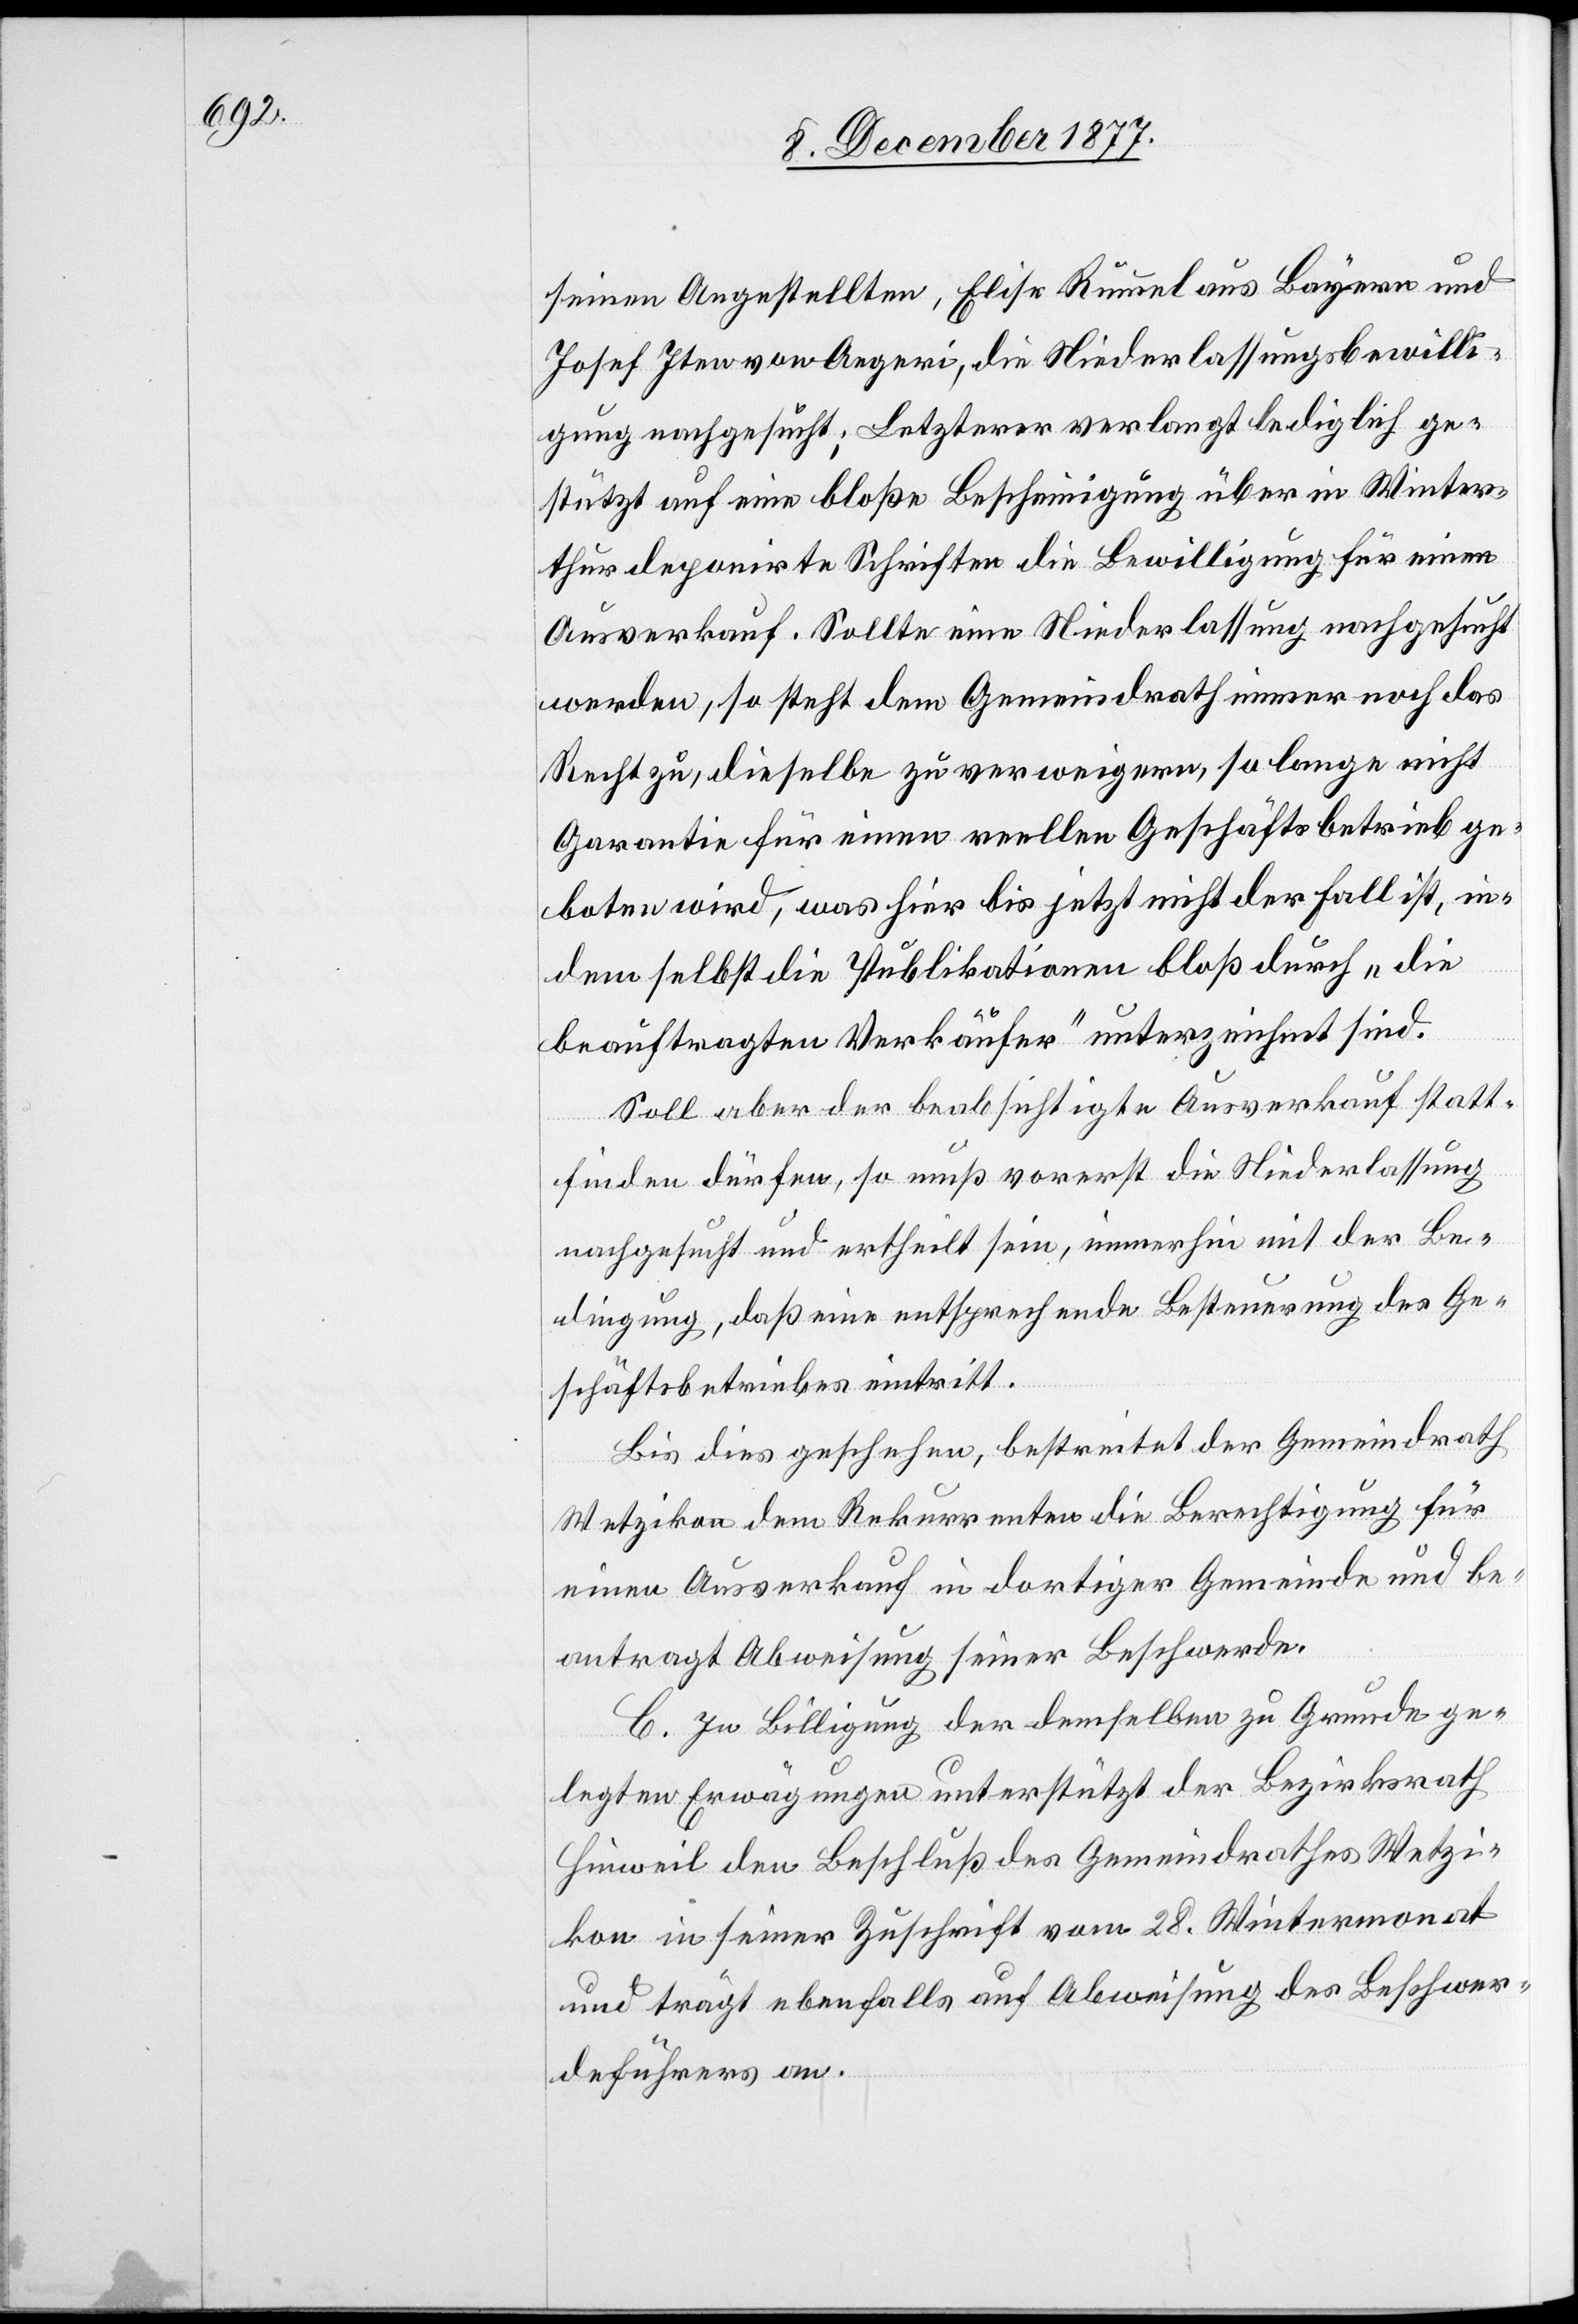
seinen Angestellten, Elise Rummel aus Bayern und
Josef Iten von Aegeri, die Niederlassungsbewilli¬
gung nachgesucht; Letzterer verlangt lediglich ge¬
stützt auf eine bloße Bescheinigung über in Winter¬
thur deponirte Schriften die Bewilligung für einen
Ausverkauf. Sollte eine Niederlassung nachgesucht
werden, so steht dem Gemeindrath immer noch das
Recht zu, dieselbe zu verweigern, so lange nicht
Garantie für einen reellen Geschäftsbetrieb ge¬
boten wird, was hier bis jetzt nicht der Fall ist, in¬
dem selbst die Publikationen bloß durch „die
beauftragten Verkäufer“ unterzeichnet sind.
Soll aber der beabsichtigte Ausverkauf statt¬
finden dürfen, so muß vorerst die Niederlassung
nachgesucht und ertheilt sein, immerhin mit der Be¬
dingung, daß eine entsprechende Besteuerung des Ge¬
schäftsbetriebes eintritt.
Bis dies geschehen, bestreitet der Gemeindrath
Wetzikon dem Rekurrenten die Berechtigung für
einen Ausverkauf in dortiger Gemeinde und be¬
antragt Abweisung seiner Beschwerde.
C. In Billigung der demselben zu Grunde ge¬
legten Erwägungen unterstützt der Bezirksrath
Hinweil den Beschluß des Gemeindrathes Wetzi¬
kon in seiner Zuschrift vom 28. Wintermonat
und trägt ebenfalls auf Abweisung des Beschwer¬
deführers an.